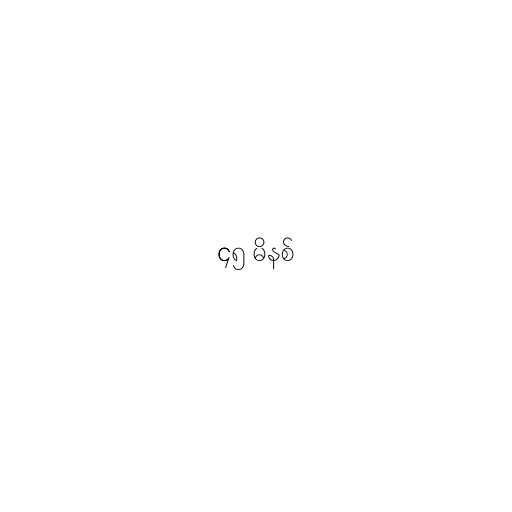
၄၅ မိနစ်